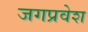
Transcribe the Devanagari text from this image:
जगप्रवेश